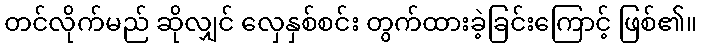
တင်လိုက်မည် ဆိုလျှင် လှေနှစ်စင်း တွက်ထားခဲ့ခြင်းကြောင့် ဖြစ်၏။